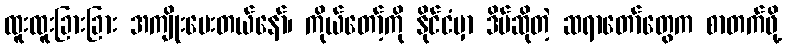
ထူးထူးခြားခြား အကျိုးပေးတယ်နော်၊ ကိုယ်တော့်ကို နိုင်ငံမှာ ဒိပ်ဆိုတဲ့ ဆရာတော်တွေက စာတက်ဖို့